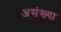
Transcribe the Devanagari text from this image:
असंख्या